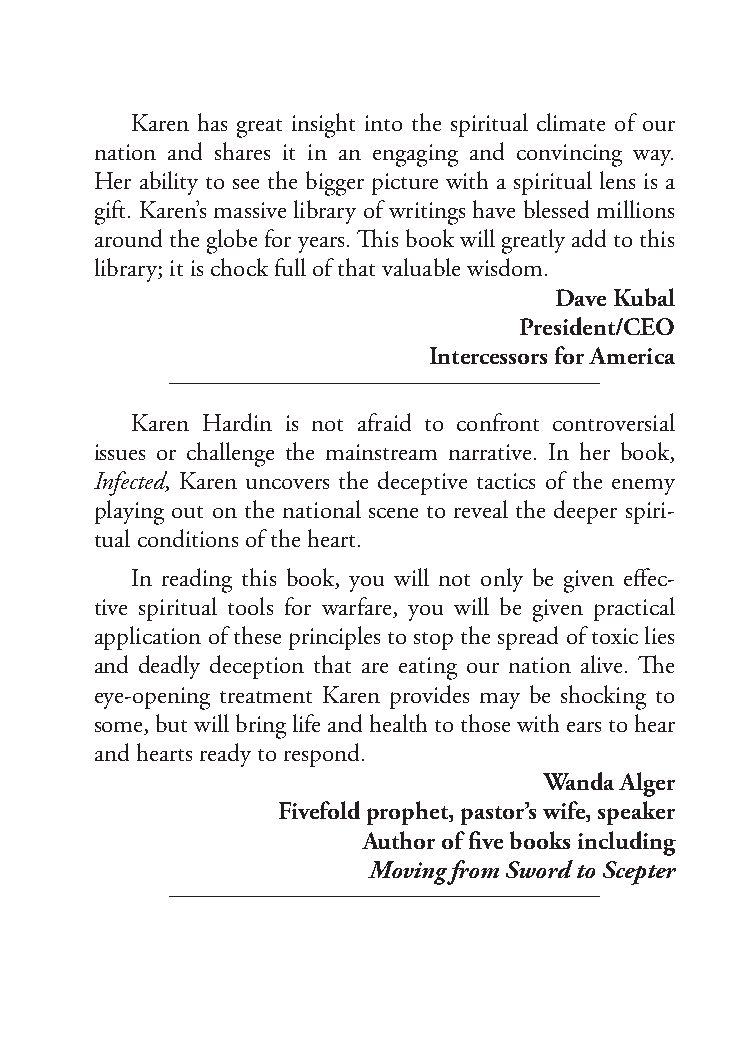
Karen has great insight into the spiritual climate of our
 nation and shares it in an engaging and convincing way.
 Her ability to see the bigger picture with a spiritual lens is a
 gift. Karen’s massive library of writings have blessed millions
 around the globe for years. This book will greatly add to this
 library; it is chock full of that valuable wisdom.
 Dave Kubal
 President/CEO
 Intercessors for America
 Karen Hardin is not afraid to confront controversial
 issues or challenge the mainstream narrative. In her book,
 Infected, Karen uncovers the deceptive tactics of the enemy
 playing out on the national scene to reveal the deeper spiri-
 tual conditions of the heart.
 In reading this book, you will not only be given effec-
 tive spiritual tools for warfare, you will be given practical
 application of these principles to stop the spread of toxic lies
 and deadly deception that are eating our nation alive. The
 eye-opening treatment Karen provides may be shocking to
 some, but will bring life and health to those with ears to hear
 and hearts ready to respond.
 Wanda Alger
 Fivefold prophet, pastor’s wife, speaker
 Author of five books including
 Moving from Sword to Scepter